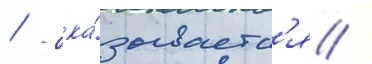
/ - ока́зываетс'я /